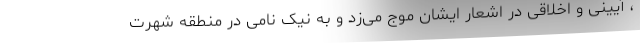
، آیینی و اخلاقی در اشعار ایشان موج می‌زد و به نیک نامی در منطقه شهرت